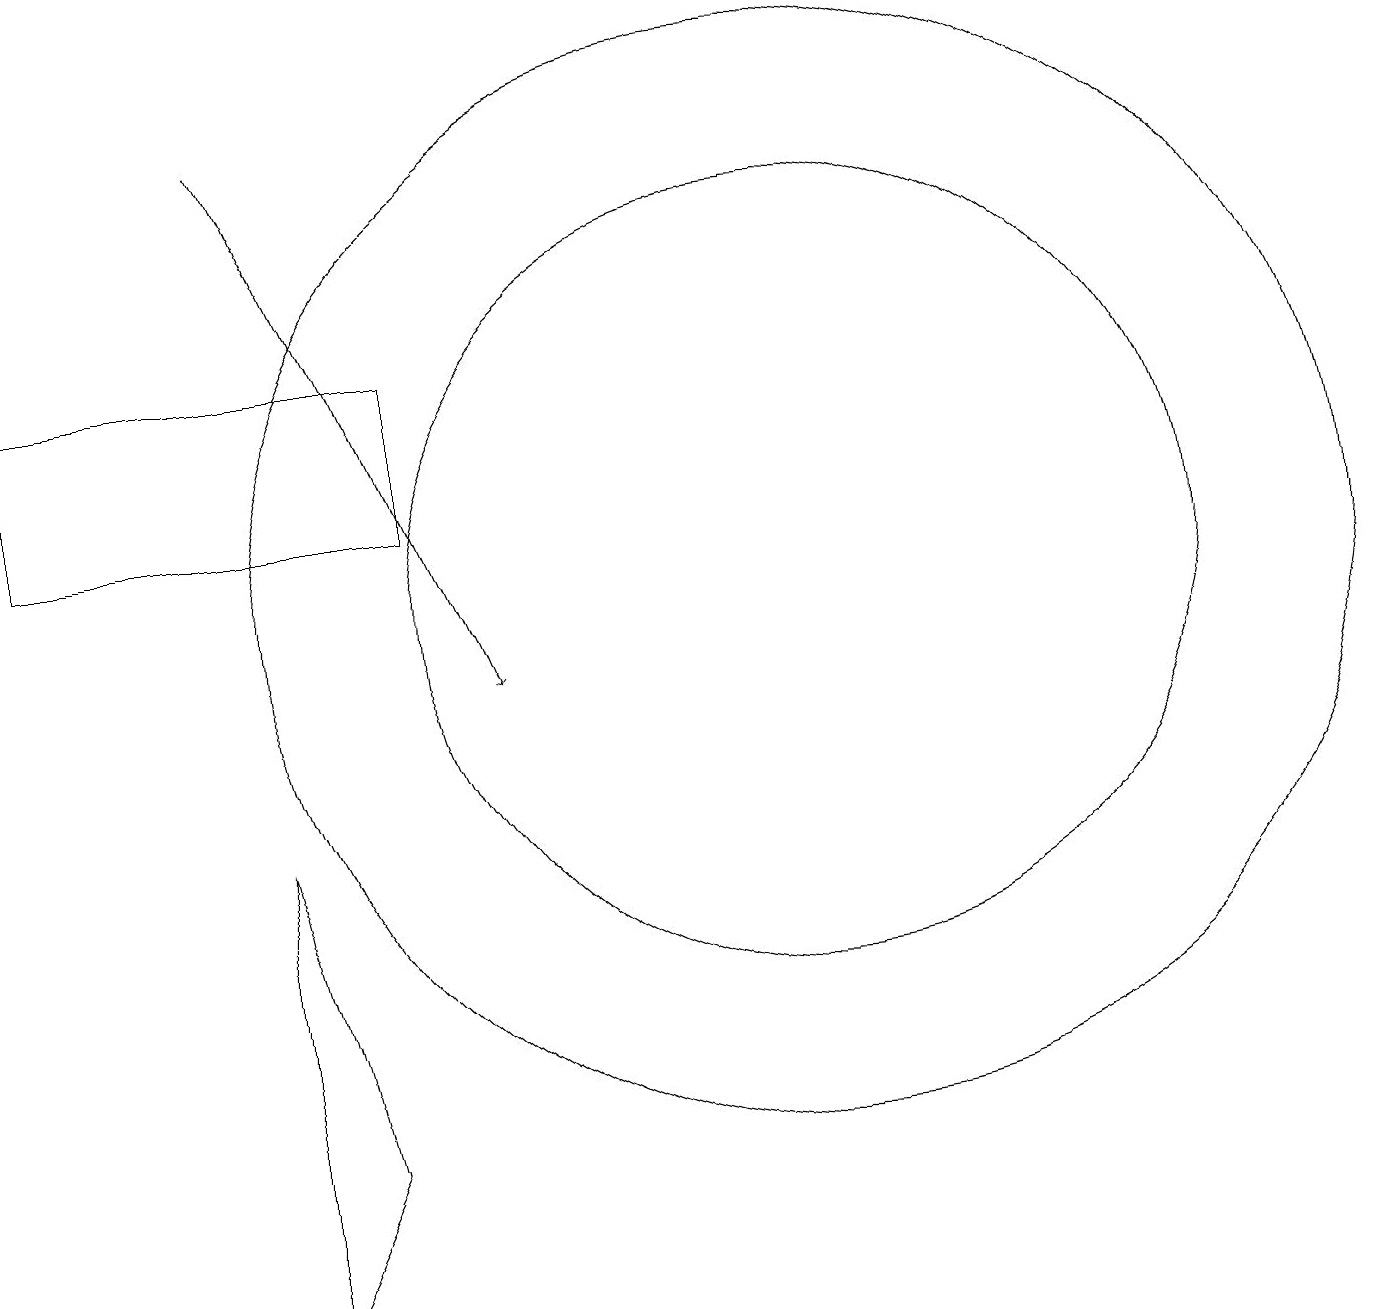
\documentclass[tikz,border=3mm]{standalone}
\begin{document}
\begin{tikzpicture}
\draw (11,11) circle (5);
\draw[->] (4,17) -- (7,10);
\draw (11,11) circle (7);
\draw (1,14) rectangle (6,12);
\draw (4,2) -- (4,8) -- (5,4) -- cycle;
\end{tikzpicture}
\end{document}